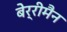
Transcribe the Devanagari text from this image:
बेर्रीमैन